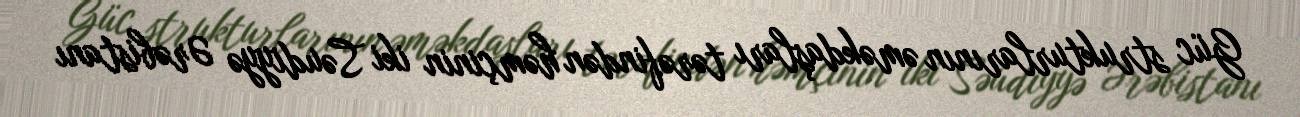
Güc strukturlarının əməkdaşları tərəfindən həmçinin iki Səudiyyə Ərəbistanı